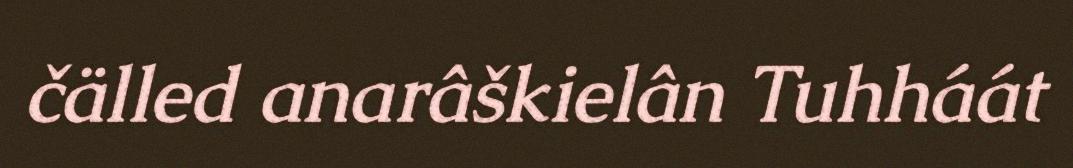
čälled anarâškielân Tuhháát